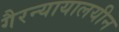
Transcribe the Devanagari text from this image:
गैरन्यायालयीन